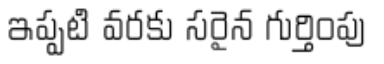
ఇప్పటి వరకు సరైన గుర్తింపు